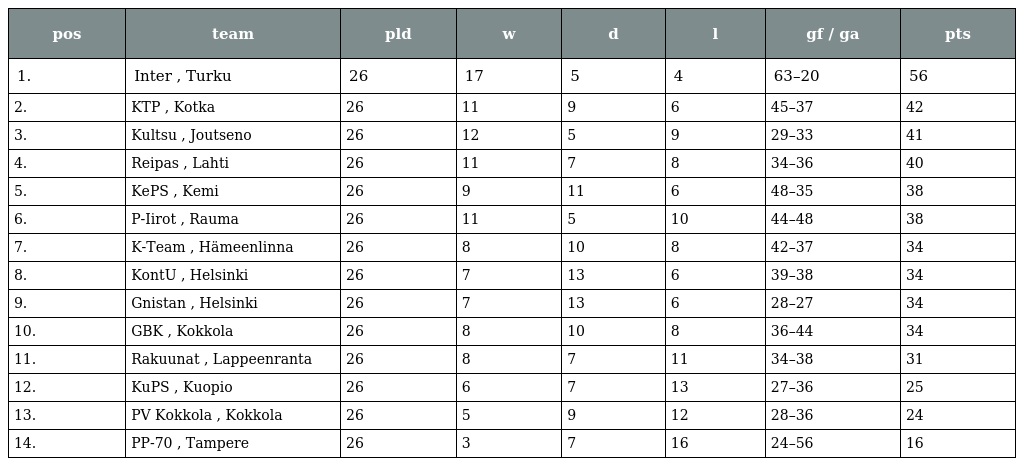
| pos | team | pld | w | d | l | gf / ga | pts |
 | --- | --- | --- | --- | --- | --- | --- | --- |
 | 1. | Inter , Turku | 26 | 17 | 5 | 4 | 63–20 | 56 |
 | 2. | KTP , Kotka | 26 | 11 | 9 | 6 | 45–37 | 42 |
 | 3. | Kultsu , Joutseno | 26 | 12 | 5 | 9 | 29–33 | 41 |
 | 4. | Reipas , Lahti | 26 | 11 | 7 | 8 | 34–36 | 40 |
 | 5. | KePS , Kemi | 26 | 9 | 11 | 6 | 48–35 | 38 |
 | 6. | P-Iirot , Rauma | 26 | 11 | 5 | 10 | 44–48 | 38 |
 | 7. | K-Team , Hämeenlinna | 26 | 8 | 10 | 8 | 42–37 | 34 |
 | 8. | KontU , Helsinki | 26 | 7 | 13 | 6 | 39–38 | 34 |
 | 9. | Gnistan , Helsinki | 26 | 7 | 13 | 6 | 28–27 | 34 |
 | 10. | GBK , Kokkola | 26 | 8 | 10 | 8 | 36–44 | 34 |
 | 11. | Rakuunat , Lappeenranta | 26 | 8 | 7 | 11 | 34–38 | 31 |
 | 12. | KuPS , Kuopio | 26 | 6 | 7 | 13 | 27–36 | 25 |
 | 13. | PV Kokkola , Kokkola | 26 | 5 | 9 | 12 | 28–36 | 24 |
 | 14. | PP-70 , Tampere | 26 | 3 | 7 | 16 | 24–56 | 16 |